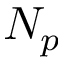
N _ { p }